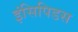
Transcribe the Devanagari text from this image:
इंसिपिडस